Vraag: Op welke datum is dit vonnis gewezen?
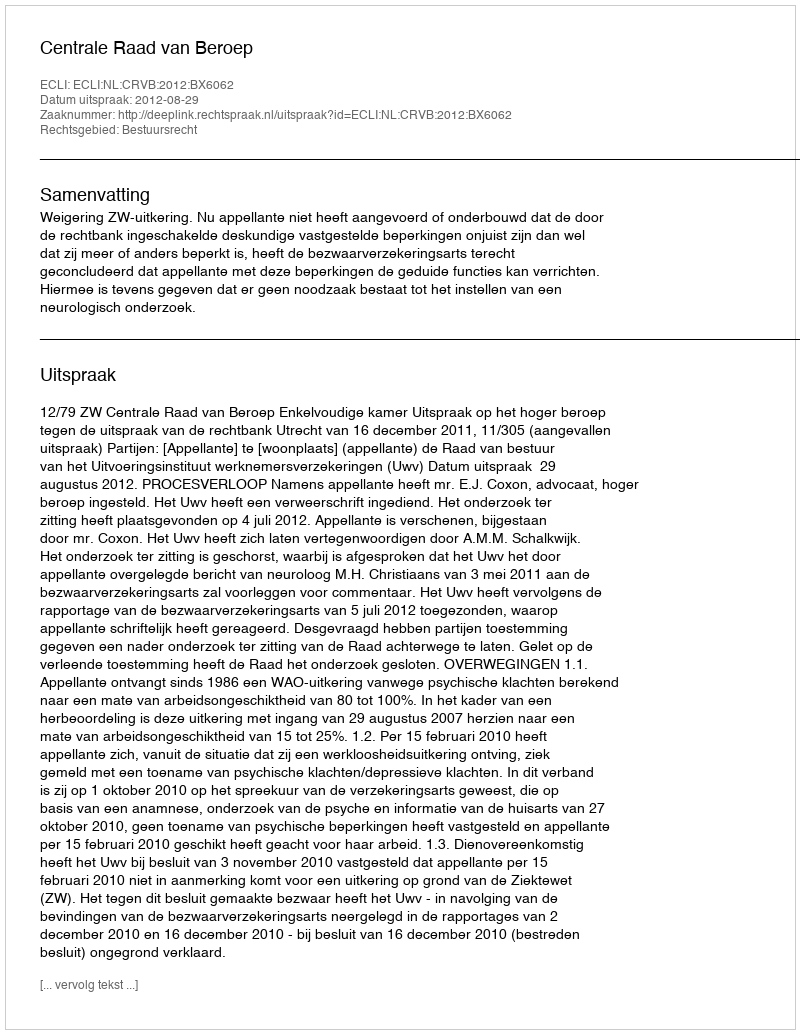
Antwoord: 2012-08-29